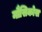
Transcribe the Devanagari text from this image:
मौसिकोस